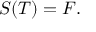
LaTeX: { \mathbf { } } S ( T ) = F .